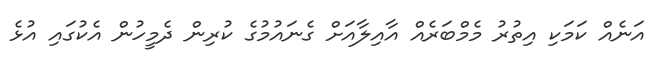
އަނެއް ކަމަކި އިތުރު މެމްބަރެއް އާއިލާއަށް ގެނައުމުގެ ކުރިން ދެމީހުން އެކުގައި އުޅެ